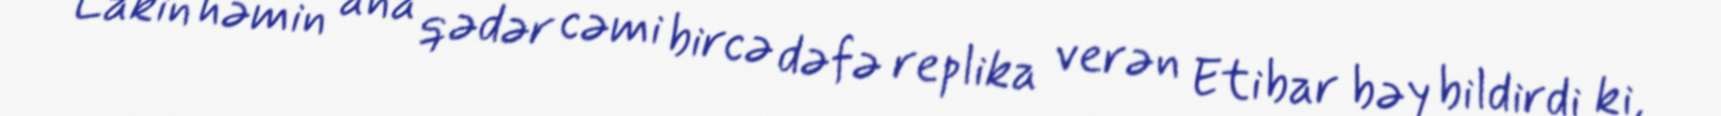
Lakin həmin ana qədər cəmi bircə dəfə replika verən Etibar bəy bildirdi ki,